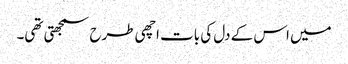
میں اس کے دل کی بات اچھی طرح سمجھتی تھی۔